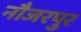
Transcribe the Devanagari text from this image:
नौजरपुर